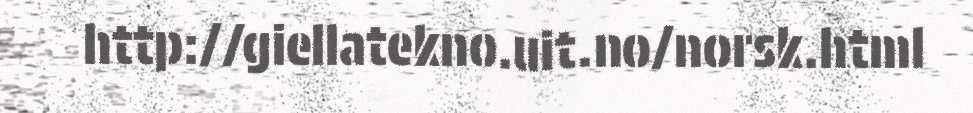
http://giellatekno.uit.no/norsk.html